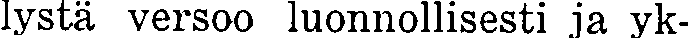
lystä versoo luonnollisesti ja yk-